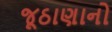
જૂઠાણાનો